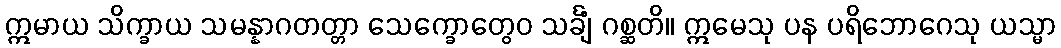
ဣမာယ သိက္ခာယ သမန္နာဂတတ္တာ သေက္ခောတွေဝ သင်္ချံ ဂစ္ဆတိ။ ဣမေသု ပန ပရိဘောဂေသု ယသ္မာ